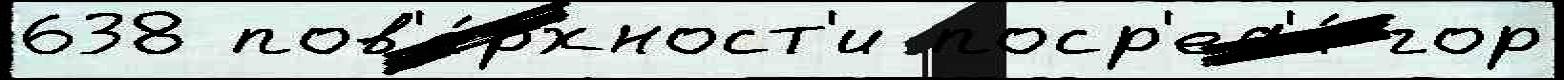
638 пов'е́рхност'и поср'ед'и́ гор